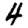
Digit: 4